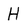
Character: H